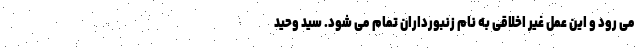
می رود و این عمل غیر اخلاقی به نام زنبورداران تمام می شود. سید وحید